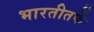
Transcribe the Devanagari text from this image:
भारतीतर्फे